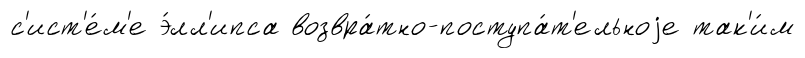
с'ист'е́м'е э́лл'ипса возвра́тно-поступа́т'ельноjе так'и́м